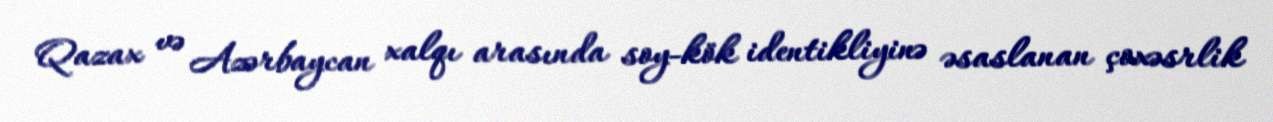
Qazax və Azərbaycan xalqı arasında soy-kök identikliyinə əsaslanan çoxəsrlik